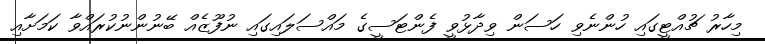
މިހާރު ޗުއްޓީގައި ހުންނެވި ހަސަން ވިދާޅުވީ ފެންޓަސީގެ މައްސަލައިގައި ނުފޫޒެއް ބޭނުންނުކުރައްވާ ކަމަށާއި